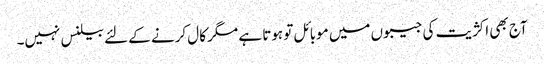
آج بھی اکژیت کی جیبوں میں موبائل تو ہوتا ہے مگر کال کرنے کے لئے بیلنس نہیں۔